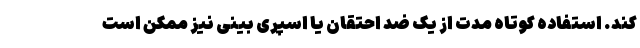
کند. استفاده کوتاه مدت از یک ضد احتقان یا اسپری بینی نیز ممکن است